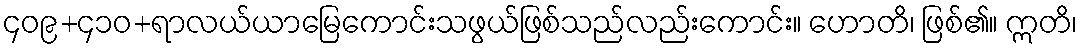
၄၀၉+၄၁၀+ရာလယ်ယာမြေကောင်းသဖွယ်ဖြစ်သည်လည်းကောင်း။ ဟောတိ၊ ဖြစ်၏။ ဣတိ၊